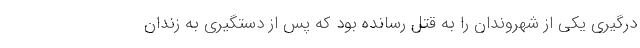
درگیری یکی از شهروندان را به قتل رسانده بود که پس از دستگیری به زندان